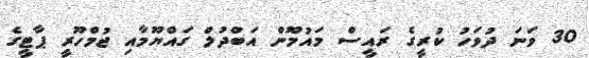
30 ވަނަ ދުވަހު ކުރީގެ ރައީސް މައުމޫން އަބްދުލް ގައްޔޫމާއި ޖުމްހޫރީ ޕާޓީގެ